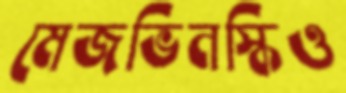
মেজভিনস্কিও